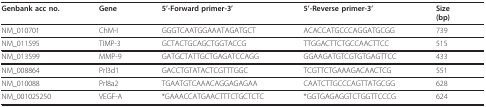
<table><thead><tr><td><b>Genbank acc no.</b></td><td><b>Gene</b></td><td><b>5&#x27;-Forward primer-3&#x27;</b></td><td><b>5&#x27;-Reverse primer-3&#x27;</b></td><td><b>Size(bp)</b></td></tr></thead><tbody><tr><td>NM_010701</td><td>ChM-I</td><td>GGGTCAATGGAAATAGATGCT</td><td>ACACCATGCCCAGGATGCGG</td><td>739</td></tr><tr><td>NM_011595</td><td>TIMP-3</td><td>GCTACTGCAGCTGGTACCG</td><td>TTGGACTTCTGCCAACTTCC</td><td>515</td></tr><tr><td>NM_013599</td><td>MMP-9</td><td>GATGCTATTGCTGAGATCCAGG</td><td>GGAAGATGTCGTGTGAGTTCC</td><td>433</td></tr><tr><td>NM_008864</td><td>Prl3d1</td><td>GACCTGTATACTCGTTTGGC</td><td>TCGTTCTGAAAGACAACTCG</td><td>551</td></tr><tr><td>NM_010088</td><td>Prl8a2</td><td>TGAATGTCAAACAGGAGAGAA</td><td>CAATCTTGCCCAGTTATGCGG</td><td>628</td></tr><tr><td>NM_001025250</td><td>VEGF-A</td><td>*GAAACCATGAACTTTCTGCTCTC</td><td>*GGTGAGAGGTCTGGTTCCCG</td><td>624</td></tr></tbody></table>